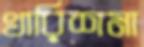
খারিশমা